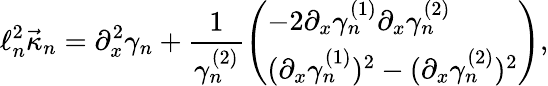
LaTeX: \ell_{n}^{2}\vec{\kappa}_{n}=\partial_{x}^{2}\gamma_{n}+\frac{1}{\gamma_{n}^{(2)}}\left(\begin{array}{l}{-2\partial_{x}\gamma_{n}^{(1)}\partial_{x}\gamma_{n}^{(2)}}\\ {(\partial_{x}\gamma_{n}^{(1)})^{2}-(\partial_{x}\gamma_{n}^{(2)})^{2}}\end{array}\right),